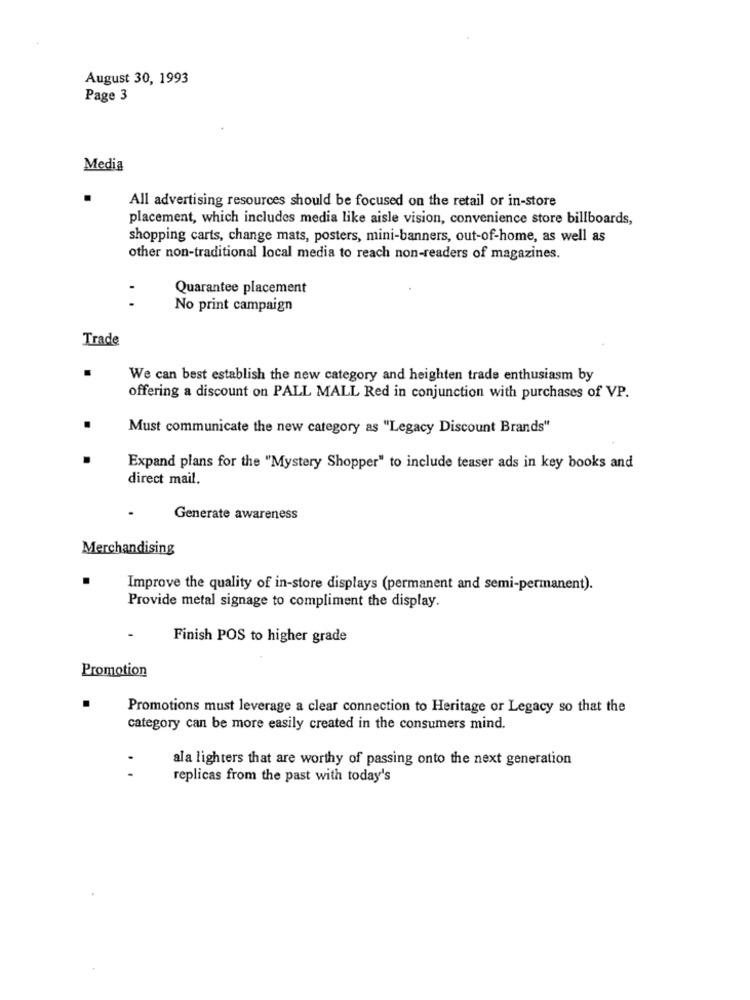
August 30, 1993
Page 3
Media
.
All advertising resources should be focused on the retail or in-store
placement, which includes media like aisle vision, convenience store billboards,
shopping carts, change mats, posters, mini-banners, out-of-home, as well as
other non-traditional local media to reach non-readers of magazines.
Quarantee placement
..
No print campaign
Trade
.
We can best establish the new category and heighten trade enthusiasm by
offering a discount on PALL MALL Red in conjunction with purchases of VP.
Must communicate the new category as "Legacy Discount Brands"
Expand plans for the "Mystery Shopper" to include teaser ads in key books and
direct mail.
Generate awareness
Merchandising
Improve the quality of in-store displays (permanent and semi-permanent).
Provide metal signage to compliment the display.
Finish POS to higher grade
Promotion
.
Promotions must leverage a clear connection to Heritage or Legacy so that the
category can be more easily created in the consumers mind.
ala lighters that are worthy of passing onto the next generation
. .
replicas from the past with today's